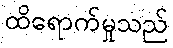
ထိရောက်မှုသည်